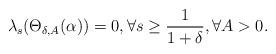
LaTeX: \begin{align*} \lambda_{s}(\Theta_{\delta,A}(\alpha))= 0, \forall s\geq \frac{1}{1+\delta}, \forall A>0.\end{align*}